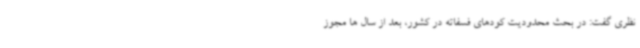
نظری گفت: در بحث محدودیت کودهای فسفاته در کشور، بعد از سال ها مجوز